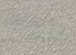
هناك